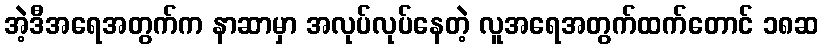
အဲ့ဒီအရေအတွက်က နာဆာမှာ အလုပ်လုပ်နေတဲ့ လူအရေအတွက်ထက်တောင် ၁၈ဆ